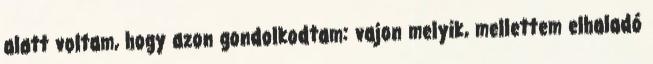
alatt voltam, hogy azon gondolkodtam: vajon melyik, mellettem elhaladó